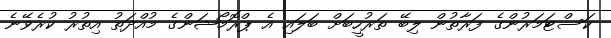
ކަސްޓަމަރުންގެ ފަރާތުން ލިބޭ ތަރުހީބަށް ބަލައި އެ ޕްރޮމޯޝަންގެ މުއްދަތު އިތުރު ކުރެވޭނެ